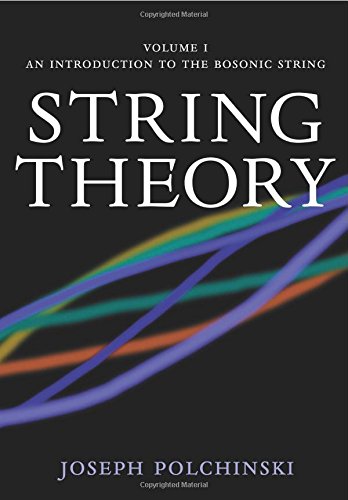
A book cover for String Theory, Vol. 1 (Cambridge Monographs on Mathematical Physics); Joseph Polchinski; Science & Math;